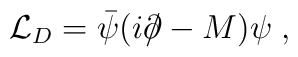
{\cal L}_{D} =  \bar{\psi}(i\partial\!\!\! /  -M)\psi \; ,